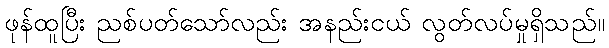
ဖုန်ထူပြီး ညစ်ပတ်သော်လည်း အနည်းငယ် လွတ်လပ်မှုရှိသည်။